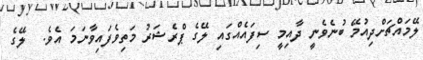
ލޭމައްޗަށްދިއުމޭ ބުނެވެނީ ދާއިމީ ސިފައެއްގައި ލޭގެ ޕްރެޝަރު މަތިވެފައިވާނަމަ އެވެ.  ލޭގެ